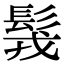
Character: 䯷